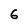
Character: 6